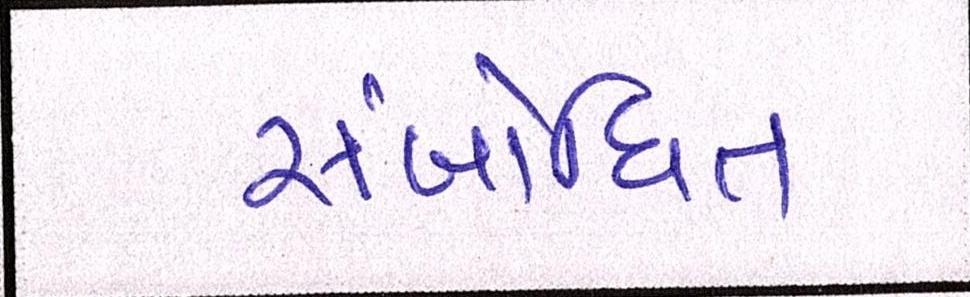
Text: સંબોધિત